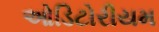
ઓડિટોરીયમ